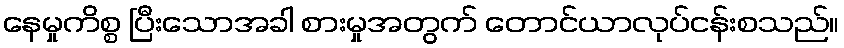
နေမှုကိစ္စ ပြီးသောအခါ စားမှုအတွက် တောင်ယာလုပ်ငန်းစသည်။